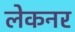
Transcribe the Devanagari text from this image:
लेकनर